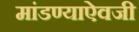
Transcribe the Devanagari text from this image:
मांडण्याऐवजी